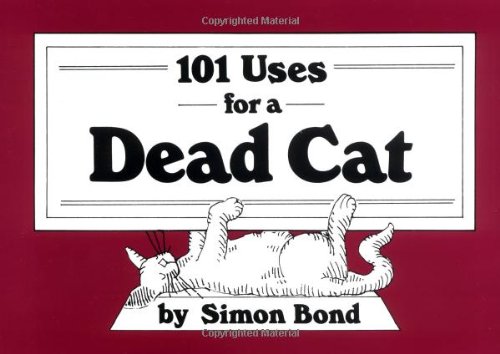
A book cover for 101 Uses for a Dead Cat; Simon Bond; Humor & Entertainment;